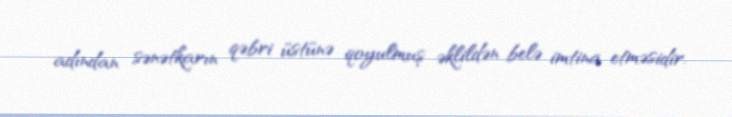
adından sənətkarın qəbri üstünə qoyulmuş əklildən belə imtina etməsidir.